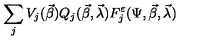
\sum _ { j } V _ { j } ( \vec { \beta } ) Q _ { j } ( \vec { \beta } , \vec { \lambda } ) F _ { j } ^ { \varepsilon } ( \Psi , \vec { \beta } , \vec { \lambda } )